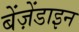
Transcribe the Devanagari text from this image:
बेंज़ेंडाइन